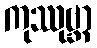
ကုဿုဗ္ဘာ